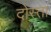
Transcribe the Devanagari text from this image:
दोस्ता